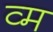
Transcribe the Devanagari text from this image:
व्म